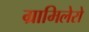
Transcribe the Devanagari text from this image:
ग्रामिलेरो